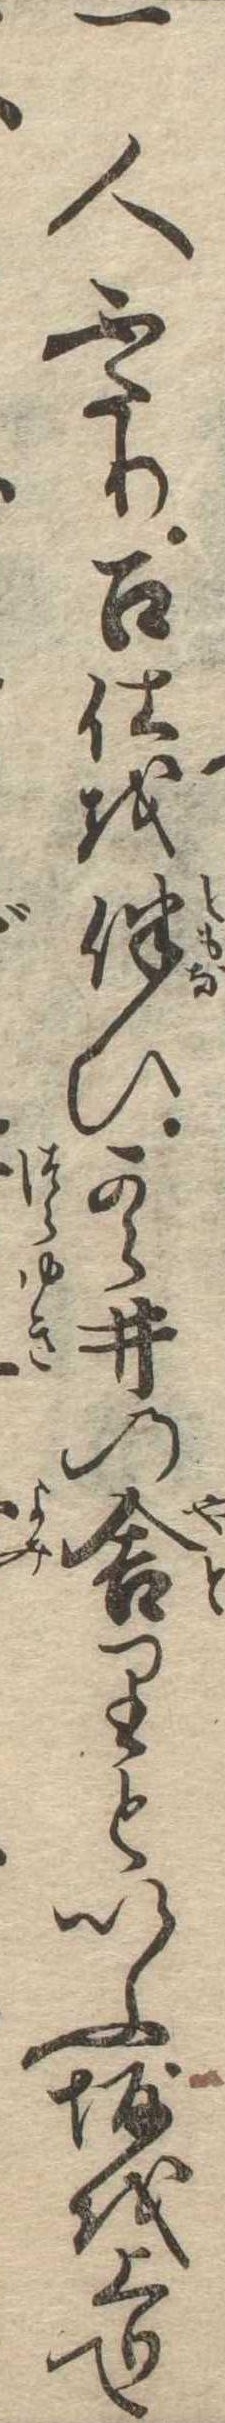
一人ふたり召仕を伴ひ雲井の舎りといふ坂を上りて